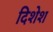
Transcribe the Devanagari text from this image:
दिशेश